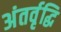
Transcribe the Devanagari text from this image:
अंतर्वृद्धि